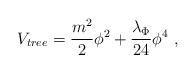
\begin{align*}V_{tree} = {m^2 \over 2} \phi^2 + {\lambda_\Phi \over 24} \phi^4~,\end{align*}